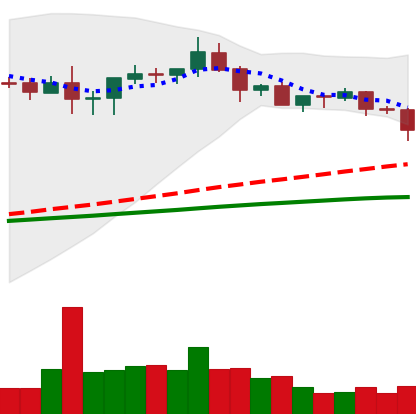
Ticker: XRP-USD
Chart end date: 2020-08-27
Forward return: 11.79%
Label: up_7plus